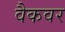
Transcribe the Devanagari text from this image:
वैकवर